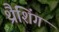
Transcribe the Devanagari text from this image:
थ्रैशिंग